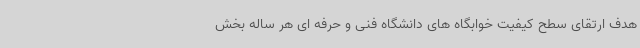
هدف ارتقای سطح کیفیت خوابگاه های دانشگاه فنی و حرفه ای هر ساله بخش